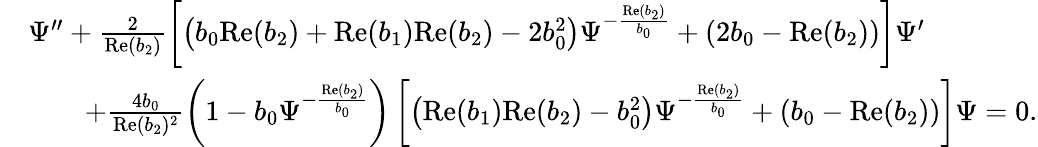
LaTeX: \begin{array}{rl}&{\Psi^{\prime\prime}+\frac{2}{\mathrm{Re}(b_{2})}\left[\left(b_{0}\mathrm{Re}(b_{2})+\mathrm{Re}(b_{1})\mathrm{Re}(b_{2})-2b_{0}^{2}\right)\Psi^{-\frac{\mathrm{Re}(b_{2})}{b_{0}}}+\left(2b_{0}-\mathrm{Re}(b_{2})\right)\right]\Psi^{\prime}}\\ &{\qquad+\frac{4b_{0}}{\mathrm{Re}(b_{2})^{2}}\left(1-b_{0}\Psi^{-\frac{\mathrm{Re}(b_{2})}{b_{0}}}\right)\left[\left(\mathrm{Re}(b_{1})\mathrm{Re}(b_{2})-b_{0}^{2}\right)\Psi^{-\frac{\mathrm{Re}(b_{2})}{b_{0}}}+\left(b_{0}-\mathrm{Re}(b_{2})\right)\right]\Psi=0.}\end{array}